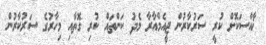
ޚާއްސަކޮށް ކުރީ ސަރުކާރުން ޖީއެމްއާރާ މެދު ކަންތައް ކުރި ގޮތާއި މިހާރުގެ ސަރުކާރުން